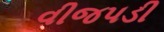
વીજપડી